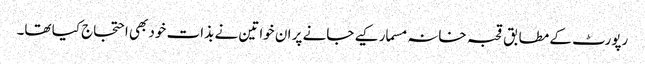
رپورٹ کے مطابق قحبہ خانہ مسمار کیے جانے پر ان خواتین نے بذات خود بھی احتجاج کیا تھا۔